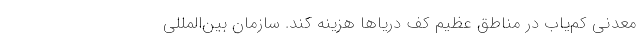
معدنی کم‌یاب در مناطق عظیم کف دریاها هزینه کند. سازمان بین‌المللی